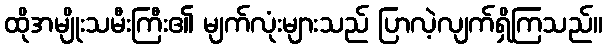
ထိုအမျိုးသမီးကြီး၏ မျက်လုံးများသည် ပြာလဲ့လျက်ရှိကြသည်။